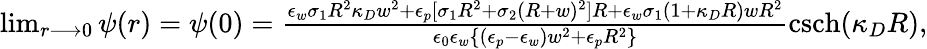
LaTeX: \begin{array}{r}{\operatorname*{lim}_{r\longrightarrow 0}\psi(r)=\psi(0)=\frac{\epsilon_{w}\sigma_{1}R^{2}\kappa_{D}w^{2}+\epsilon_{p}[\sigma_{1}R^{2}+\sigma_{2}(R+w)^{2}]R+\epsilon_{w}\sigma_{1}(1+\kappa_{D}R)wR^{2}}{\epsilon_{0}\epsilon_{w}\{ (\epsilon_{p}-\epsilon_{w})w^{2}+\epsilon_{p}R^{2}\} }\mathrm{csch}(\kappa_{D}R),}\end{array}